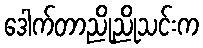
ဒေါက်တာညိုညိုသင်းက